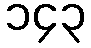
၁၄၃